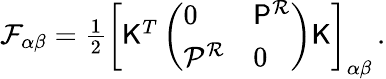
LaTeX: \begin{array}{r}{\mathcal{F}_{\alpha\beta}=\frac{1}{2}\left[\mathsf{K}^{T}\left(\begin{array}{ll}{0}&{\mathsf{P}^{\mathcal{R}}}\\ {\mathcal{P}^{\mathcal{R}}}&{0}\end{array}\right)\mathsf{K}\right]_{\alpha\beta}\, .}\end{array}